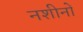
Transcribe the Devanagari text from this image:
नशीनों